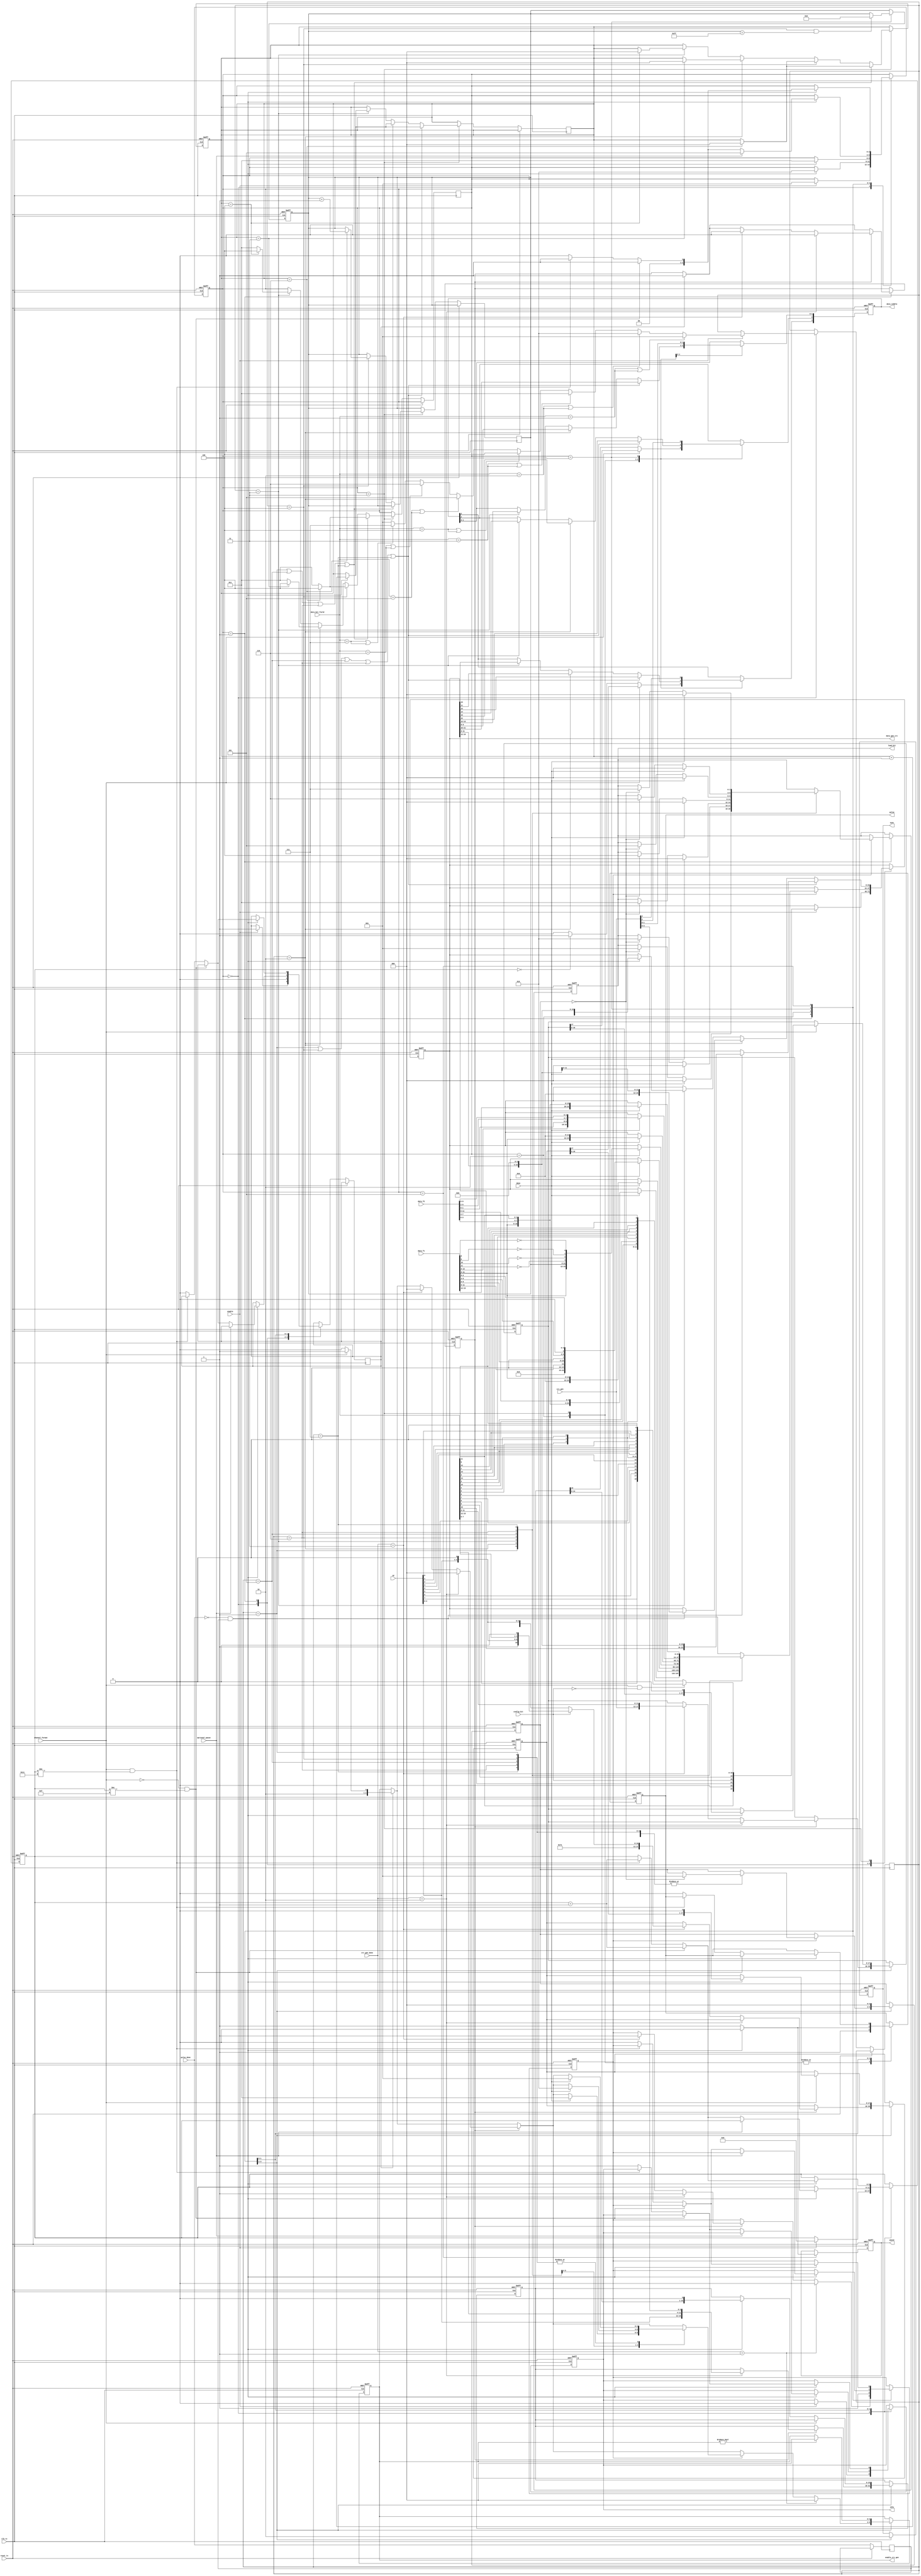
module sent_tx_control(
	//clk_tx and reset_tx
	input clk_tx,
	input reset_tx,

	//normal input
	input channel_format, //0: serial, 1: enhanced
	input optional_pause,
	input config_bit,
	input enable,
	input [7:0] id,
	input [15:0] data_bit_field,
	
	//signals to crc block
	input [5:0] crc_gen,
	input [1:0] crc_gen_done,
	output reg [2:0] enable_crc_gen,
	output reg [23:0] data_gen_crc,

	//signals to pulse gen block
	input pulse_done,
	output reg [3:0] data_nibble,
	output reg pulse,
	output reg sync,
	output reg pause,
	output reg idle,
	
	//signals to data reg block
	input [15:0] data_f1,
	input [11:0] data_f2,
	input done,
	output reg [2:0] load_bit
	);

	//frame format of fast channels
	localparam TWO_FAST_CHANNELS_12_12 = 1;
	localparam ONE_FAST_CHANNELS_12 = 2;
	localparam HIGH_SPEED_ONE_FAST_CHANNEL_12 = 3;
	localparam SECURE_SENSOR = 4;
	localparam SINGLE_SENSOR_12_0 = 5;
	localparam TWO_FAST_CHANNELS_14_10 = 6;
	localparam TWO_FAST_CHANNELS_16_8 = 7;

	//state FSMs
	localparam IDLE = 0;
	localparam SYNC = 1;
	localparam STATUS = 2;
	localparam DATA = 3;
	localparam CRC = 4;
	localparam PAUSE = 5;

	reg [2:0] frame_format;
	reg [2:0] state;
	reg [5:0] count_frame;
	reg sig_prev;
	reg [2:0] count_nibble;
	
	reg [2:0] count_load;

	reg [15:0] saved_short_data;
	reg [17:0] saved_enhanced_bit3;
	reg [17:0] saved_enhanced_bit2;

	reg [7:0] bit_counter;
	reg start_gen_crc_channel;
	reg start_saved_data;
	reg start_gen_crc_data;
	//FSM
	always @(posedge clk_tx or posedge reset_tx) begin
		if(reset_tx) begin
			data_nibble <= 0;
			state <= IDLE;
			sync <= 0;
			pause <= 0;
			pulse <= 0;
			idle <= 0;
			count_frame <= 0;
			saved_short_data <= 0;
			saved_enhanced_bit3 <= 0;
			saved_enhanced_bit2 <= 0;

			enable_crc_gen <= 0;
			data_gen_crc <= 24'h000000;

			load_bit <= 0;
		
			bit_counter <= 0;
			count_load <= 0;
		
			start_gen_crc_data <= 0;
			start_saved_data <= 0;
		end
		else begin
			sig_prev <= pulse_done;
			case(state) 
				IDLE: begin
					//CHANGE STATE					
					if(enable) begin
						state <= SYNC;
						count_frame <= 0;
						idle <= 0;

						//PREPARE DATA CHANNEL TO GEN CRC
						if(!channel_format) begin data_gen_crc <= {id[3:0], data_bit_field[7:0]}; end

						if(channel_format && !config_bit) begin 
							data_gen_crc <= {data_bit_field[11], 1'b0, data_bit_field[10], config_bit
									,data_bit_field[9], id[7], data_bit_field[8], id[6]
									,data_bit_field[7], id[5] , data_bit_field[6], id[4]
									,data_bit_field[5], 1'b0, data_bit_field[4], id[3]
									,data_bit_field[3], id[2], data_bit_field[2], id[1]
									,data_bit_field[1], id[0], data_bit_field[0], 1'b0 };
						end
						else begin 
							data_gen_crc <= {data_bit_field[11], 1'b0, data_bit_field[10], config_bit
									,data_bit_field[9], id[3], data_bit_field[8], id[2]
									,data_bit_field[7], id[1], data_bit_field[6], id[0]
									,data_bit_field[5], 1'b0, data_bit_field[4], data_bit_field[15]
									,data_bit_field[3], data_bit_field[14], data_bit_field[2], data_bit_field[13]
									,data_bit_field[1], data_bit_field[12], data_bit_field[0], data_bit_field[11] };	
						end						

						
						//DEFINE FRAME FORMAT
						if(data_bit_field == 12'h001 || data_bit_field == 16'h001 ) begin frame_format <= TWO_FAST_CHANNELS_12_12; end
						else if(data_bit_field == 12'h002 || data_bit_field == 16'h002) begin frame_format <= ONE_FAST_CHANNELS_12; end
						else if(data_bit_field == 12'h003 || data_bit_field == 16'h003) begin frame_format <= HIGH_SPEED_ONE_FAST_CHANNEL_12; end
						else if(data_bit_field == 12'h004 || data_bit_field == 16'h004) begin frame_format <= SECURE_SENSOR; end
						else if(data_bit_field == 12'h005 || data_bit_field == 16'h005) begin frame_format <= SINGLE_SENSOR_12_0; end
						else if(data_bit_field == 12'h006 || data_bit_field == 16'h006) begin frame_format <= TWO_FAST_CHANNELS_14_10; end
						else if(data_bit_field == 12'h007 || data_bit_field == 16'h007) begin frame_format <= TWO_FAST_CHANNELS_16_8; end
						else frame_format <= 1;

						start_gen_crc_channel <= 1;
					end
					
					
					
				end
				SYNC: begin

					//ENABLE CRC SHORT && ENHANCED
					if(start_gen_crc_channel) begin
						start_saved_data <= 1;
						start_gen_crc_channel <= 0;
						if(!channel_format) begin enable_crc_gen <= 3'b100; end
						else begin enable_crc_gen <= 3'b101; end
					end
					
					//WAIT CRC GEN DONE --> SAVED DATA
					if(start_saved_data) begin
						if(crc_gen_done == 2'b10) begin 
							saved_short_data <= {id, data_bit_field[7:0], crc_gen[3:0]}; 
							start_saved_data <= 0; 
							start_gen_crc_data <= 1; enable_crc_gen <= 3'b000;
						end
						else if(crc_gen_done == 2'b11) begin enable_crc_gen <= 3'b000;
							if(!config_bit) begin
								saved_enhanced_bit3 <= {7'b1111110, config_bit, id[7:4],1'b0,id[3:0], 1'b0};
								saved_enhanced_bit2 <= {crc_gen, data_bit_field[11:0]};
								start_saved_data <= 0;
								start_gen_crc_data <= 1;
							end
							else begin
								saved_enhanced_bit3 <= {7'b1111110, config_bit, id[3:0], 1'b0, data_bit_field[15:12], 1'b0};
								saved_enhanced_bit2 <= {crc_gen, data_bit_field[11:0]};
								start_saved_data <= 0;
								start_gen_crc_data <= 1;
							end
						end
					end

									

					//CHANGE STATE
					sync <= 1;
					if((pulse_done == 0) && (sig_prev==1)) begin
    						state <= STATUS;
  					end

					//PRE DATA FAST && ENABLE CRC DATA FAST
					if(start_gen_crc_data) begin
						case(frame_format) 
							TWO_FAST_CHANNELS_12_12: begin 
								if(count_load == 0) begin load_bit <= 3'b001; count_load <= 1; end 
								if(done) begin 	
									enable_crc_gen <= 3'b001; 
									load_bit <= 3'b000; 
									data_gen_crc <= {data_f1[11:0], data_f2[3:0], data_f2[7:4], data_f2[11:8]};
								end
							end
						
							ONE_FAST_CHANNELS_12: begin 
								if(count_load == 0) begin load_bit <= 3'b010; count_load <= 1; end 
								if(done) begin 
									enable_crc_gen <= 3'b011; 
									load_bit <= 3'b000; 
									data_gen_crc <= {data_f1[11:0]};
								end
							end

							HIGH_SPEED_ONE_FAST_CHANNEL_12: begin 
								if(count_load == 0) begin load_bit <= 3'b011; count_load <= 1; end 
								if(done) begin 
									enable_crc_gen <= 3'b010; 
									load_bit <= 3'b000; 
									data_gen_crc <= {1'b0,data_f1[11:9],1'b0,data_f1[8:6],1'b0,data_f1[5:3],1'b0,data_f1[2:0]};
								end 
							end

							SECURE_SENSOR: begin 
								if(count_load == 0) begin load_bit <= 3'b100; count_load <= 1; end 
								if(done) begin
									enable_crc_gen <= 3'b001; 
										load_bit <= 3'b000; 
									data_gen_crc <= {data_f1[11:0], bit_counter[7:0], !data_f1[11], !data_f1[10], !data_f1[9], !data_f1[8]};
								end
							end
						
							SINGLE_SENSOR_12_0: begin 
								if(count_load == 0) begin load_bit <= 3'b101; count_load <= 1; end 
								if(done) begin 
									enable_crc_gen <= 3'b001; 
									load_bit <= 3'b000;
									data_gen_crc = {data_f1[11:0],12'b0};
								end
							end
							TWO_FAST_CHANNELS_14_10: begin 
								if(count_load == 0) begin load_bit <= 3'b110; count_load <= 1; end 
								if(done) begin 
									enable_crc_gen <= 3'b001; 
									load_bit <= 3'b000; 
									data_gen_crc = {data_f1[13:0],data_f2[1:0],data_f2[5:2],data_f2[9:6]};
								end
							end

							TWO_FAST_CHANNELS_16_8: begin 
								if(count_load == 0) begin load_bit <= 3'b111; count_load <= 1; end 
								if(done) begin 
									enable_crc_gen <= 3'b001; 
									load_bit <= 3'b000; 
									data_gen_crc = {data_f1,data_f2[3:0],data_f2[7:4]};
								end
							end	
						endcase
					end

					if(crc_gen_done == 2'b01) begin 
						start_gen_crc_data <= 0; 
						enable_crc_gen <= 3'b000;
					
					end

					//if(enable_crc_gen != 0) enable_crc_gen <= 3'b000; 
			
				end
				STATUS: begin
					start_gen_crc_data <= 1;
					count_load <= 0;
					//CONTROL PULSE GEN
					sync <= 0;
					pulse <= 1;

					//TURN OFF ENABLE CRC 
					if(enable_crc_gen != 0) enable_crc_gen <= 3'b000; 

					//CHANGE STATE
					if(!channel_format) begin
						data_nibble[2] <= saved_short_data[15];
						if(count_frame ==0) begin
							data_nibble[3] <= 1;
						end
						else data_nibble[3] <= 0;

						if((pulse_done == 0) && (sig_prev==1)) begin
    							state <= DATA;
							saved_short_data <= {saved_short_data[14:0], 1'b0};
  						end
					end
					else begin
						data_nibble[2] <= saved_enhanced_bit2[17];
						data_nibble[3] <= saved_enhanced_bit3[17];

						if((pulse_done == 0) && (sig_prev==1)) begin
    							state <= DATA;
							saved_enhanced_bit2 <= {saved_enhanced_bit2[16:0], 1'b0};
							saved_enhanced_bit3 <= {saved_enhanced_bit3[16:0], 1'b0};
  						end
					end
				end
				DATA: begin
					//CONTROL PULSE GEN
					pulse <= 1;
					
					//CHANGE STATE
					if( (frame_format == TWO_FAST_CHANNELS_12_12) || (frame_format == SECURE_SENSOR)|| (frame_format == SINGLE_SENSOR_12_0)||
					(frame_format == TWO_FAST_CHANNELS_14_10) || (frame_format == TWO_FAST_CHANNELS_16_8) ) begin
						data_nibble <= data_gen_crc[23:20];
						if((pulse_done == 0) && (sig_prev==1)) begin
    							count_nibble <= count_nibble + 1;
							data_gen_crc <= {data_gen_crc[19:0], 4'b0000};
  						end
					end
					else if(frame_format == ONE_FAST_CHANNELS_12) begin 
						data_nibble <= data_gen_crc[11:8];
						if((pulse_done == 0) && (sig_prev==1)) begin
    							count_nibble <= count_nibble + 1;
							data_gen_crc <= {data_gen_crc[7:0], 4'b0000};
  						end
					end
					else if(frame_format == HIGH_SPEED_ONE_FAST_CHANNEL_12) begin 
						data_nibble <= data_gen_crc[15:12];
						if((pulse_done == 0) && (sig_prev==1)) begin
    							count_nibble <= count_nibble + 1;
							data_gen_crc <= {data_gen_crc[11:0], 4'b0000};
  						end
					end
				end
				
				CRC: begin
					//ROLL BACK BIT COUNTER
					if((frame_format == SECURE_SENSOR) && (bit_counter == 255)) bit_counter <= 0; 

					//CONTROL PULSE GEN
					pulse <= 1;

					//CHANGE STATE
					data_nibble <= crc_gen[3:0];
					if((pulse_done == 0) && (sig_prev==1)) begin
    						pulse <= 0;
						if(optional_pause) state <= PAUSE;
						else begin
							if(!channel_format && count_frame != 15) begin
								state <= SYNC;
								count_frame <= count_frame + 1;
							end
							else if(channel_format && count_frame != 17) begin
 								state <= SYNC;
								count_frame <= count_frame + 1;
							end
							else begin 
								state <= IDLE; 
								idle <= 1; 
								//CONTROL PULSE GEN
								pulse <= 0;

								start_gen_crc_channel <= 0;
								start_gen_crc_data <= 0;		
							end
						end		
					end
				end
				PAUSE: begin
					
					//CONTROL PULSE GEN
					pause <= 1;

					//CHANGE STATE
					if((pulse_done == 0) && (sig_prev==1)) begin
    						pause <= 0;
						if(!channel_format && count_frame != 15) begin
								state <= SYNC;
								count_frame <= count_frame + 1;
							end
							else if(channel_format && count_frame != 17) begin
								 state <= SYNC;
								count_frame <= count_frame + 1;
							end
							else begin 
								state <= IDLE; 
								idle <= 1; 
								//CONTROL PULSE GEN
								pulse <= 0;

								start_gen_crc_channel <= 0;
								start_gen_crc_data <= 0;		
							end
					end

				end

			endcase
		end
	end
	
	
	always @(posedge clk_tx or posedge reset_tx) begin	
		if(reset_tx) begin
			count_nibble <= 0;
		end
		else begin
			if(state == DATA) begin
				if( (frame_format == TWO_FAST_CHANNELS_12_12) || (frame_format == SINGLE_SENSOR_12_0)||
					(frame_format == TWO_FAST_CHANNELS_14_10) || (frame_format == TWO_FAST_CHANNELS_16_8) ) begin
					if(count_nibble == 6) begin
						count_nibble <= 0;
						state <= CRC;
					end
					else state <= DATA;
				end
				else if((frame_format == SECURE_SENSOR)) begin
					if(count_nibble == 6) begin
						count_nibble <= 0;
						state <= CRC;
						bit_counter <= bit_counter + 1;
					end
					else state <= DATA;
				end
				else if(frame_format == ONE_FAST_CHANNELS_12) begin 
					if(count_nibble == 3) begin
						count_nibble <= 0;
						state <= CRC;
					end
					else state <= DATA;
				end
				else if(frame_format == HIGH_SPEED_ONE_FAST_CHANNEL_12) begin 
					if(count_nibble == 4) begin
						count_nibble <= 0;
						state <= CRC;
					end
					else state <= DATA;
				end
			end
		end
	end
	
endmodule